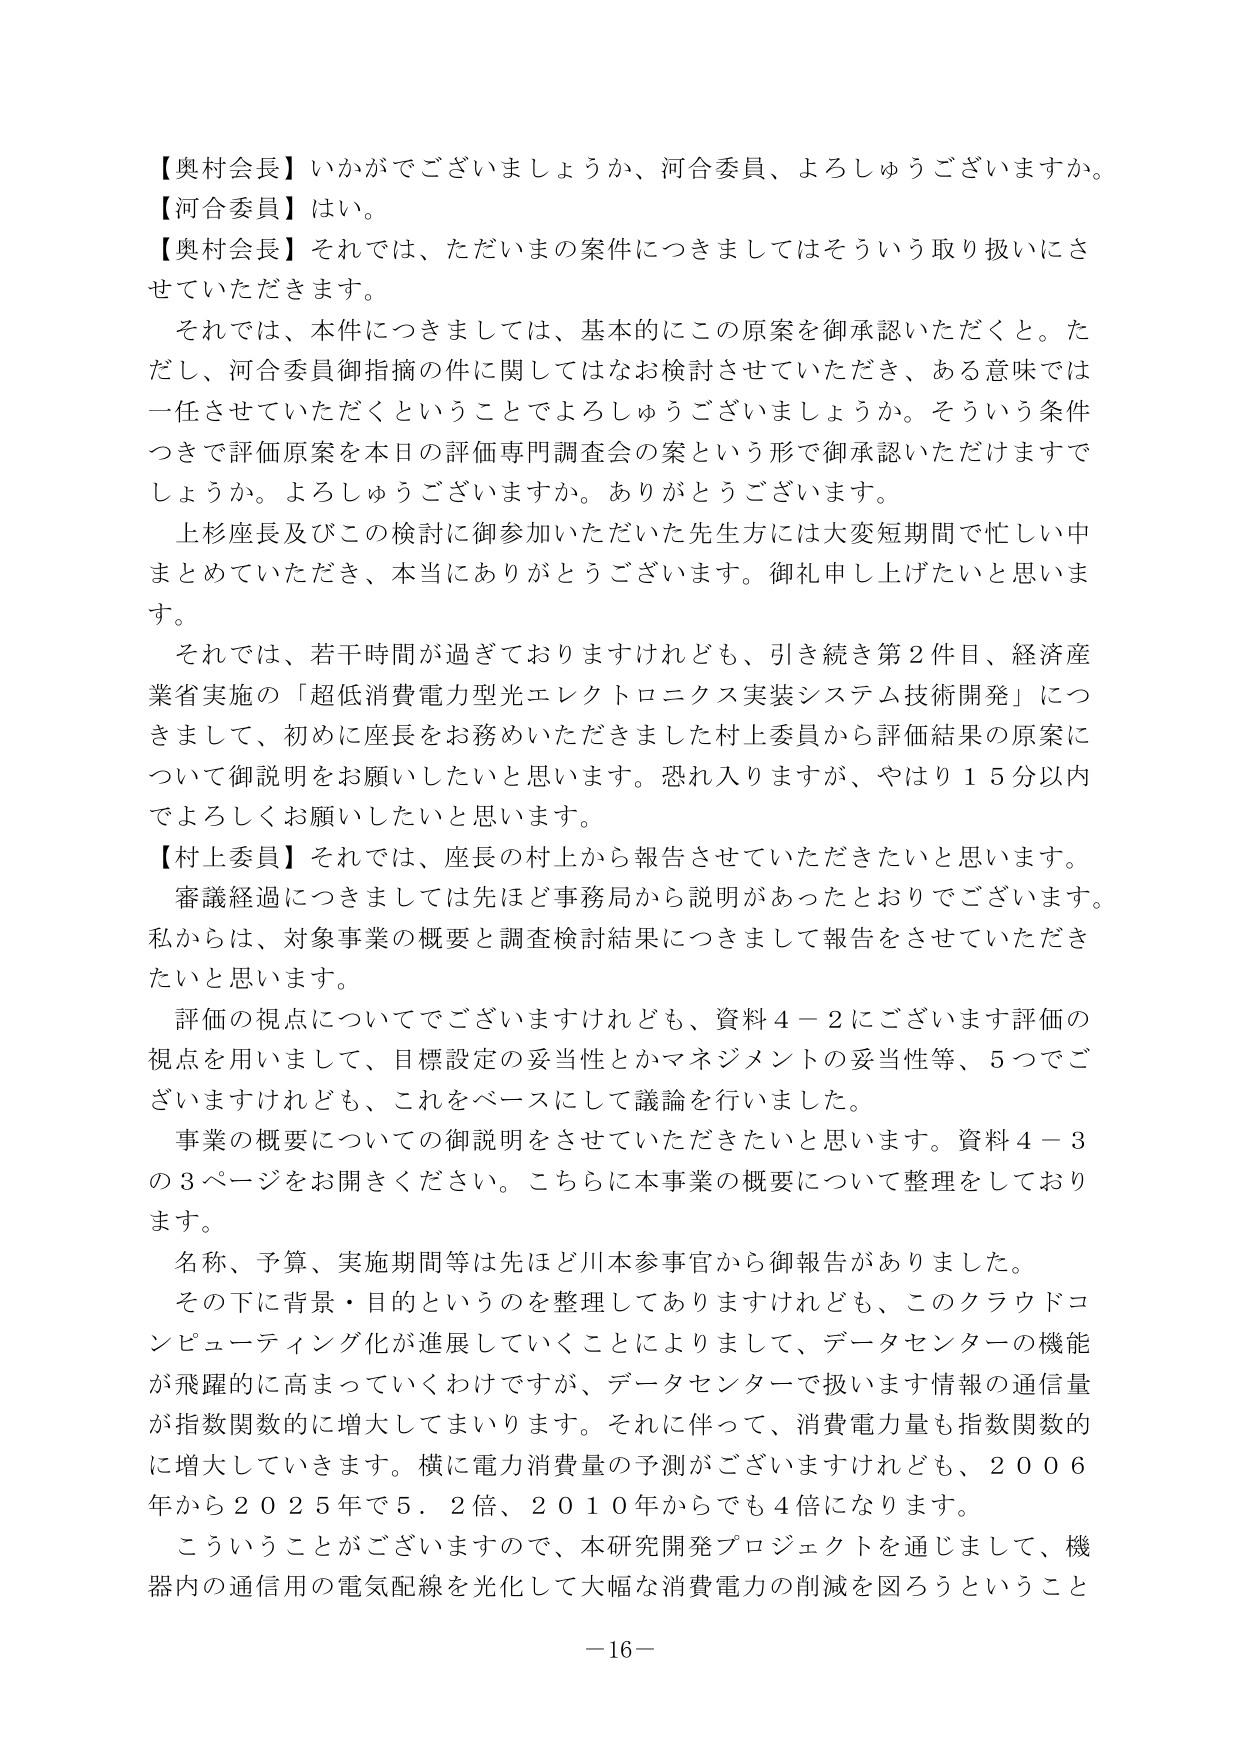
【奥村会長】いかがでございましょうか、河合委員、よろしゅうございますか。
【河合委員】はい。
【奥村会長】それでは、ただいまの案件につきましてはそういう取り扱いにさせていただきます。
　それでは、本件につきましては、基本的にこの原案を御承認いただくと。ただし、河合委員御指摘の件に関してはなお検討させていただき、ある意味では一任させていただくということでよろしゅうございましょうか。そういう条件つきで評価原案を本日の評価専門調査会の案という形で御承認いただけますでしょうか。よろしゅうございますか。ありがとうございます。
　上杉座長及びこの検討に御参加いただいた先生方には大変短期間で忙しい中まとめていただき、本当にありがとうございます。御礼申し上げたいと思います。
　それでは、若干時間が過ぎておりますけれども、引き続き第2件目、経済産業省実施の「超低消費電力型エレクトロニクス実装システム技術開発」につきまして、初めに座長をお務めいただきました村上委員から評価結果の原案について御説明をお願いしたいと思います。恐れ入りますが、やはり15分以内でよろしくお願いしたいと思います。
【村上委員】それでは、座長の村上から報告させていただきたいと思います。
　審議経過につきましては先ほど事務局から説明があったとおりでございます。私からは、対象事業の概要と調査検討結果につきまして報告をさせていただきたいと思います。
　評価の視点についてでございますけれども、資料4－2にございます評価の視点を用いまして、目標設定の妥当性とかマネジメントの妥当性等、5つでございますけれども、これをベースにして議論を行いました。
　事業の概要についての御説明をさせていただきたいと思います。資料4－3の3ページをお開きください。こちらに本事業の概要について整理しております。
　名称、予算、実施期間等は先ほど川本参事官から御報告がありました。
　その下に背景・目的というのを整理してありますけれども、このクラウドコンピューティング化が進展していくことによりまして、データセンターの機能が飛躍的に高まっていくわけですが、データセンターで扱います情報の通信量が指数関数的に増大してまいります。それに伴って、消費電力量も指数関数的に増大していきます。横に電力消費量の予測がございますけれども、2006年から2025年で5.2倍、2010年からでも4倍になります。
　こういうことがございますので、本研究開発プロジェクトを通じまして、機器内の通信用の電気配線を光化して大幅な消費電力の削減を図ろうということ
－16－